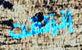
إنزلقت